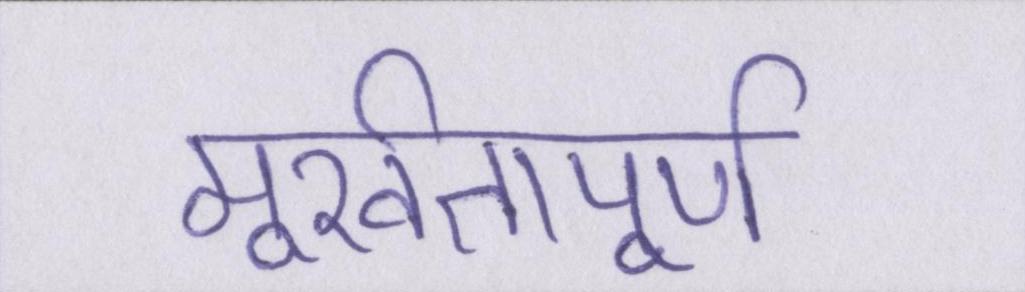
मूर्खतापूर्ण